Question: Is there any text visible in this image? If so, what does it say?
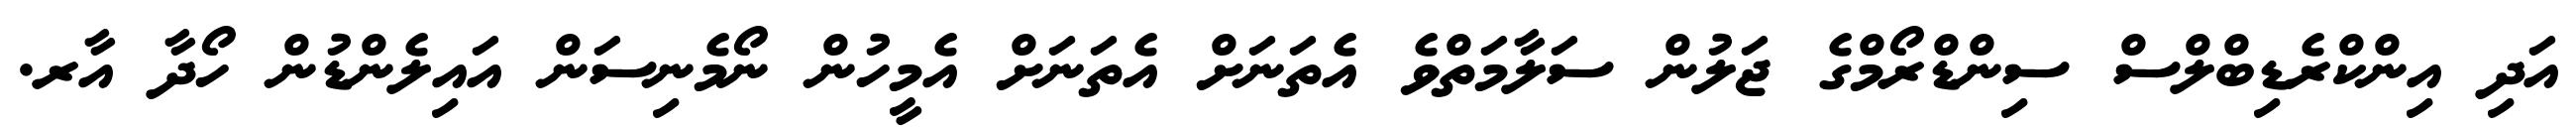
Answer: އަދި އިންކްރެޑިބްލްސް ސިންޑްރޯމްގެ ޖަލުން ސަލާމަތްވެ އެތަނަށް އެތަނަށް އެމީހުން ނޯމެނިސަން އައިލެންޑުން ހޯދާ އާރ.